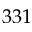
3 3 1